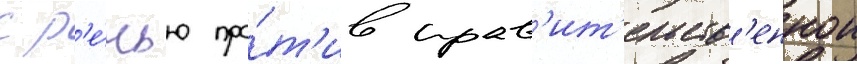
с р'е́чью про́т'ив прав'ит'ельств'еннои